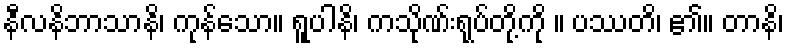
နီလနိဘာသာနိ၊ ကုန်သော။ ရူပါနိ၊ ကသိုဏ်းရုပ်တို့ကို ။ ပဿတိ၊ ၏။ တာနိ၊